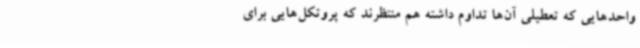
واحدهایی که تعطیلی آن‌ها تداوم داشته هم منتظرند که پروتکل‌هایی برای